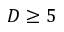
D \geq 5